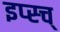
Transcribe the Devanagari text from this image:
इप्स्च्